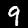
Label: 9